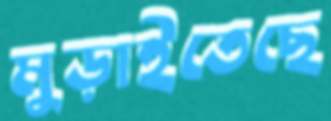
মুড়াইতেছে